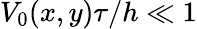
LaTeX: V_{0}(x,y)\tau/h\ll 1